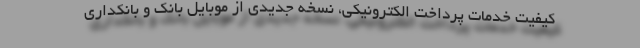
کیفیت خدمات پرداخت الکترونیکی، نسخه جدیدی از موبایل بانک و بانکداری